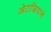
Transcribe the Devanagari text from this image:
ओटाव्हियानो